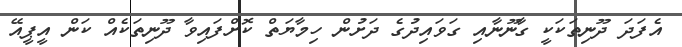
އެފަދަ ދޫނިތަކަކީ ގާނޫނާއި ގަވައިދުގެ ދަށުން ހިމާޔަތް ކޮށްފައިވާ ދޫނިތަކެއް ކަން އީޕީއޭ